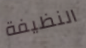
النظيفة